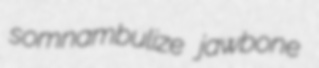
somnambulize jawbone